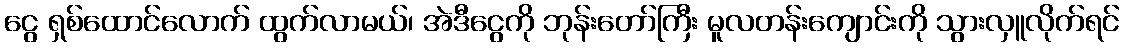
ငွေ ရှစ်ထောင်လောက် ထွက်လာမယ်၊ အဲဒီငွေကို ဘုန်းတော်ကြီး မူလတန်းကျောင်းကို သွားလှူလိုက်ရင်